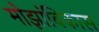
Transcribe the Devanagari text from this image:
मोझांबिकास